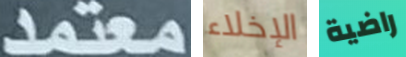
معتمد الإخلاء راضية